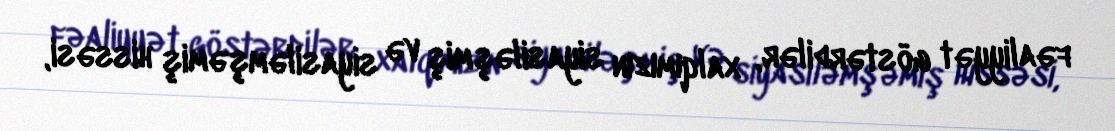
fəaliyyət göstərdilər, xalqımızın siyasiləşmiş və siyasiləmşəmiş hissəsi,